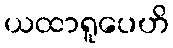
ယထာရူပေဟိ